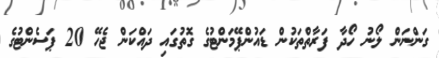
ގަންނަން ލޯނު ހޯދާ ފަރާތްތަކުން ޑައުންޕޭމަންޓުގެ ގޮތުގައި ދައްކަން ޖެހޭ 20 ޕަސެންޓުގެ